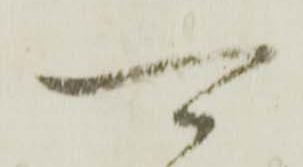
可